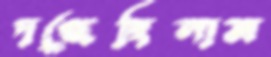
দগ্ধেছিলাম